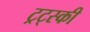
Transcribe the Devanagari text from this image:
ट्रट्स्की